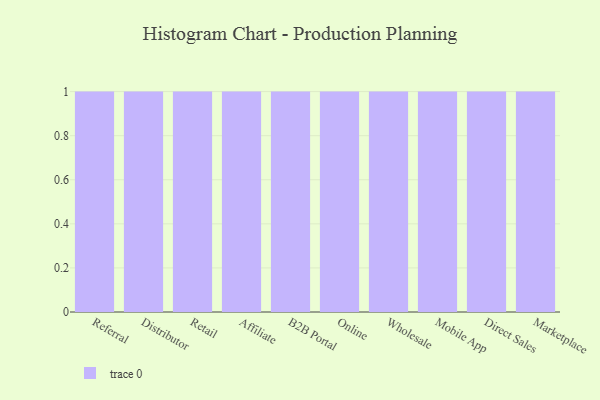
{"axis": {"x": "Channel", "y": "Revenue (USD Million)"}, "legend": [""], "data": [{"x": "Referral", "y": 82, "type": ""}, {"x": "Distributor", "y": 10, "type": ""}, {"x": "Retail", "y": 70, "type": ""}, {"x": "Affiliate", "y": 16, "type": ""}, {"x": "B2B Portal", "y": 23, "type": ""}, {"x": "Online", "y": 4, "type": ""}, {"x": "Wholesale", "y": 90, "type": ""}, {"x": "Mobile App", "y": 44, "type": ""}, {"x": "Direct Sales", "y": 81, "type": ""}, {"x": "Marketplace", "y": 54, "type": ""}]}